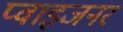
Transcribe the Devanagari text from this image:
प्वाइजनर